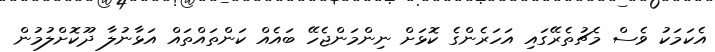
އެކަމަކު ވެސް މެޗުތެރޭގައި އަހަރެންގެ ކޮޅަށް ނިންމަންޖެހޭ ބައެއް ކަންތައްތައް އަޅާނުލާ ދޫކޮށްލުމުން